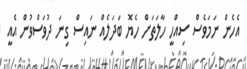
އެހެން ނަމަވެސް ސިއްހީ ހާލަތަށް ހެޔޮ ބަދަލެއް ނައިސް ގިނަ ދުވަސްވުން އެއީ